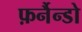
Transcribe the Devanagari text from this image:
फ़र्नैन्डो